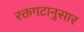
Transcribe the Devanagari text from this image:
रक्तगटानुसार